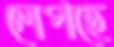
লেপছে